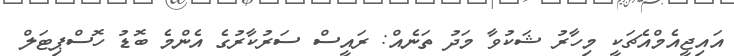
އައިޖީއެމްއެޗަކީ މިހާރު ޝަކުވާ މަދު ތަނެއް: ރައީސް ސަރުކާރުގެ އެންމެ ބޮޑު ހޮސްޕިޓަލް